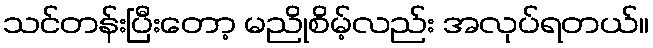
သင်တန်းပြီးတော့ မညိုစိမ့်လည်း အလုပ်ရတယ်။